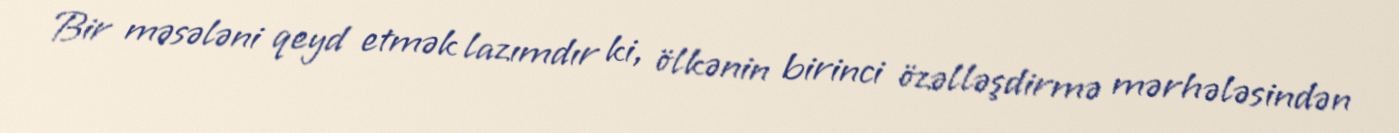
Bir məsələni qeyd etmək lazımdır ki, ölkənin birinci özəlləşdirmə mərhələsindən